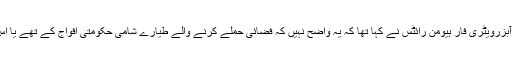
برطانیہ میں قائم سیریئن آبزرویٹری فار ہیومن رائٹس نے کہا تھا کہ یہ واضح نہیں کہ فضائی حملے کرنے والے طیارے شامی حکومتی افواج کے تھے یا اُس کے اتحادی روس کے۔